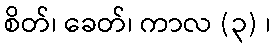
စိတ်၊ ခေတ်၊ ကာလ (၃) ၊